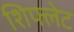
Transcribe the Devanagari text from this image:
शिफ्लेट